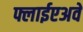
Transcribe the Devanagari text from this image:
फ्लाईएअवे